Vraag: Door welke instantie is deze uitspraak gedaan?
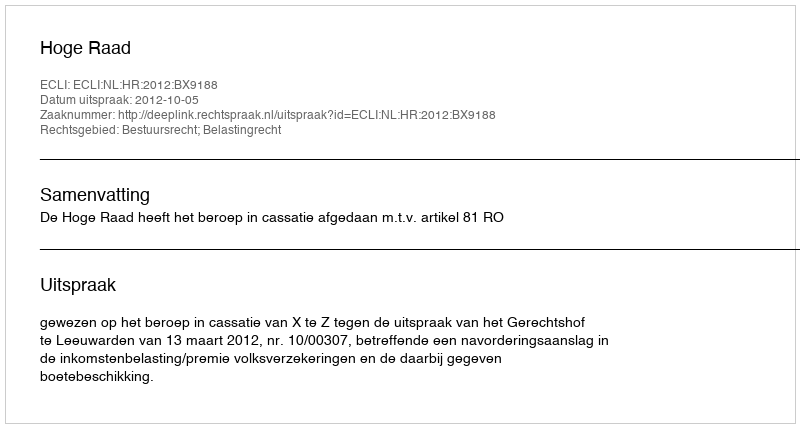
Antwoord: Hoge Raad